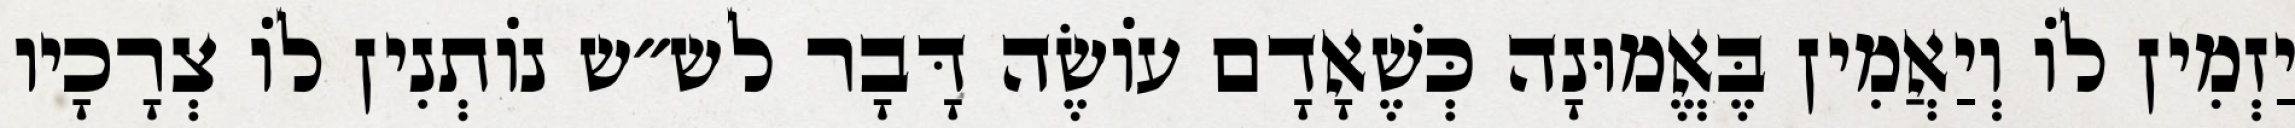
יַזְמִין לוֹ וְיַאֲמִין בֶּאֱמוּנָה כְּשֶׁאָדָם עוֹשֶׂה דָּבָר לש״ש נוֹתְנִין לוֹ צְרָכָיו